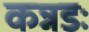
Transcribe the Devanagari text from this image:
कन्नडः